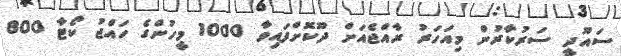
ސައޫދީ ސަރުކާރުން މިއަހަރު ރާއްޖެއަށް ދޫކޮށްފައިވާ 1000 މީހުންގެ ހައްޖު ކޯޓާ 800